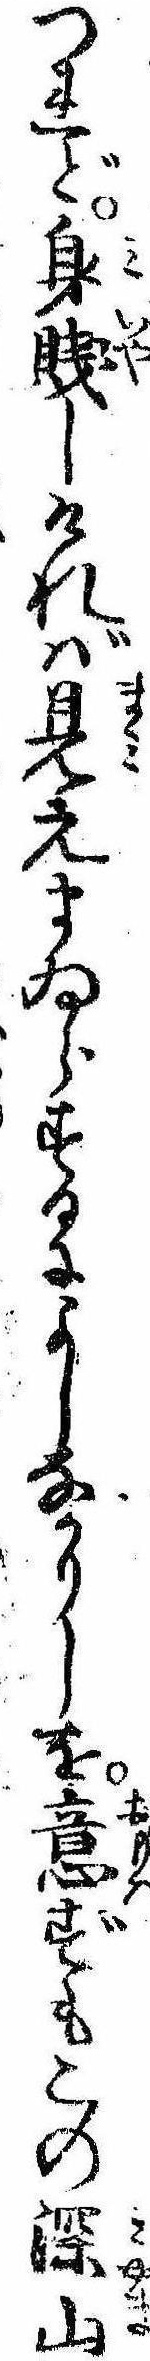
つれど身賎しければ見えまゐらするによしなかりしを意ずもこの深山